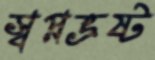
স্বপ্নভ্রষ্ট